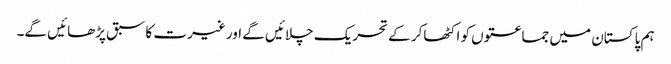
ہم پاکستان میں جماعتوں کو اکٹھاکر کے تحریک چلائیں گے اور غیرت کا سبق پڑھائیں گے۔